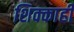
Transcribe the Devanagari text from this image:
शिक्काही